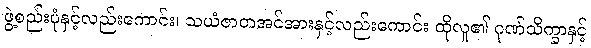
ဖွဲ့စည်းပုံနှင့်လည်းကောင်း၊ သယံဇာတအင်အားနှင့်လည်းကောင်း ထိုလူ၏ ဂုဏ်သိက္ခာနှင့်